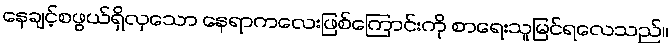
နေချင့်စဖွယ်ရှိလှသော နေရာကလေးဖြစ်ကြောင်းကို စာရေးသူမြင်ရလေသည်။